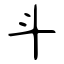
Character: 斗